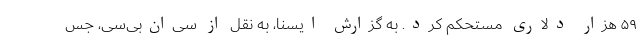
۵۹ هزار دلاری مستحکم کرد. به گزارش ایسنا، به نقل از سی‌ان‌بی‌سی، جس